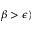
\beta > \epsilon )